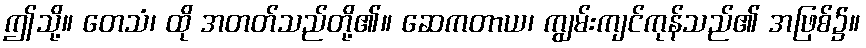
ဤသို့။ တေသံ၊ ထို အတတ်သည်တို့၏။ ဆေကတာယ၊ ကျွမ်းကျင်ကုန်သည်၏ အဖြစ်၌။